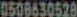
0508630528